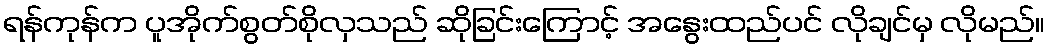
ရန်ကုန်က ပူအိုက်စွတ်စိုလှသည် ဆိုခြင်းကြောင့် အနွေးထည်ပင် လိုချင်မှ လိုမည်။